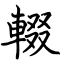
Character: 輟